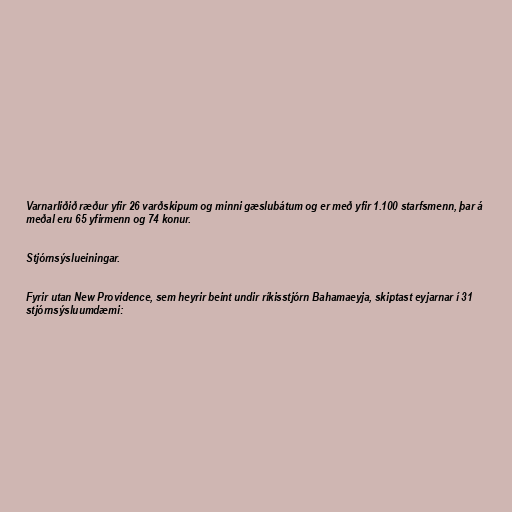
Varnarliðið ræður yfir 26 varðskipum og minni gæslubátum og er með yfir 1.100 starfsmenn, þar á
meðal eru 65 yfirmenn og 74 konur.

Stjórnsýslueiningar.

Fyrir utan New Providence, sem heyrir beint undir ríkisstjórn Bahamaeyja, skiptast eyjarnar í 31
stjórnsýsluumdæmi: